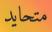
متحايد